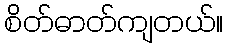
စိတ်ဓာတ်ကျတယ်။